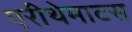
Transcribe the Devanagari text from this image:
एरीथेमाटस